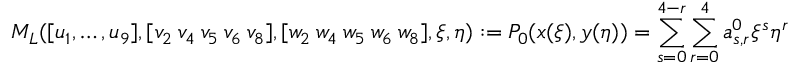
M _ { L } ( [ u _ { 1 } , \dots , u _ { 9 } ] , [ v _ { 2 } ~ v _ { 4 } ~ v _ { 5 } ~ v _ { 6 } ~ v _ { 8 } ] , [ w _ { 2 } ~ w _ { 4 } ~ w _ { 5 } ~ w _ { 6 } ~ w _ { 8 } ] , \xi , \eta ) : = P _ { 0 } ( x ( \xi ) , y ( \eta ) ) = \sum _ { s = 0 } ^ { 4 - r } \sum _ { r = 0 } ^ { 4 } a _ { s , r } ^ { 0 } \xi ^ { s } \eta ^ { r }